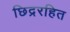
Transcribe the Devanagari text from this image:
छिद्ररहित